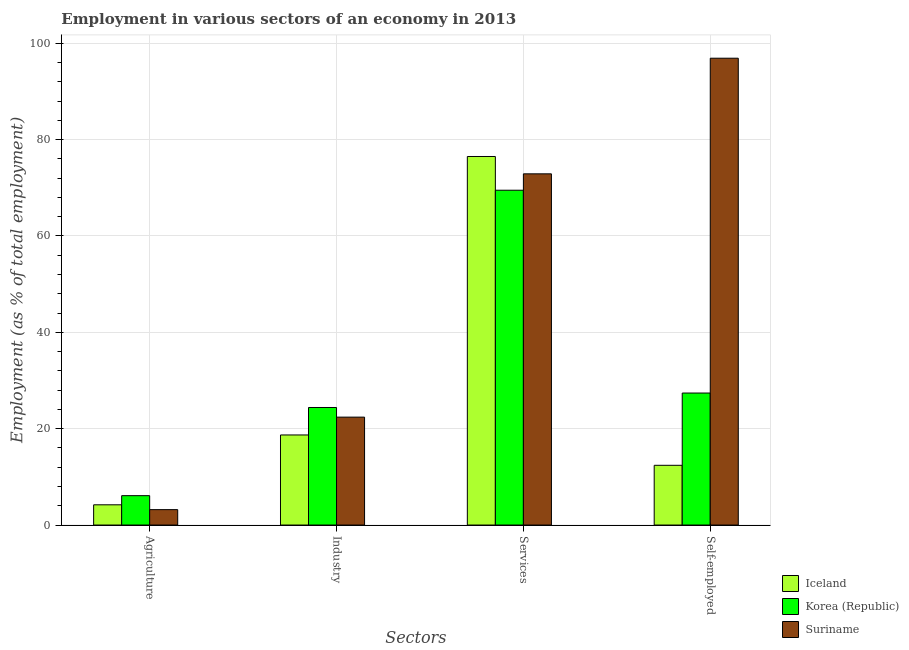
| Sectors | Iceland | Korea (Republic) | Suriname |
 | --- | --- | --- | --- |
 | Agriculture | 4.2 | 6.1 | 3.2 |
 | Industry | 18.7 | 24.4 | 22.4 |
 | Services | 76.5 | 69.5 | 72.9 |
 | Self-employed | 12.4 | 27.4 | 96.9 |